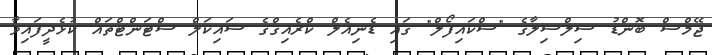
ޖޭމްސް ބޮންޑު ސިލްސިލާގެ "ސްކައިފޯލް" ގައި ޑެނިއެލް ކްރެއިގްގެ ސައިކަލް ސްޓަންޓްތައް ކުޅެދީފައިވާ